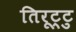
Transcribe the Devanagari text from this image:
तिरूट्टु